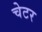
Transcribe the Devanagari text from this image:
चेटर